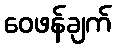
ဝေဖန်ချက်